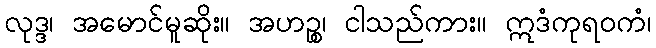
လုဒ္ဒ၊ အမောင်မူဆိုး။ အဟဉ္စ၊ ငါသည်ကား။ ဣဒံကုရဝကံ၊